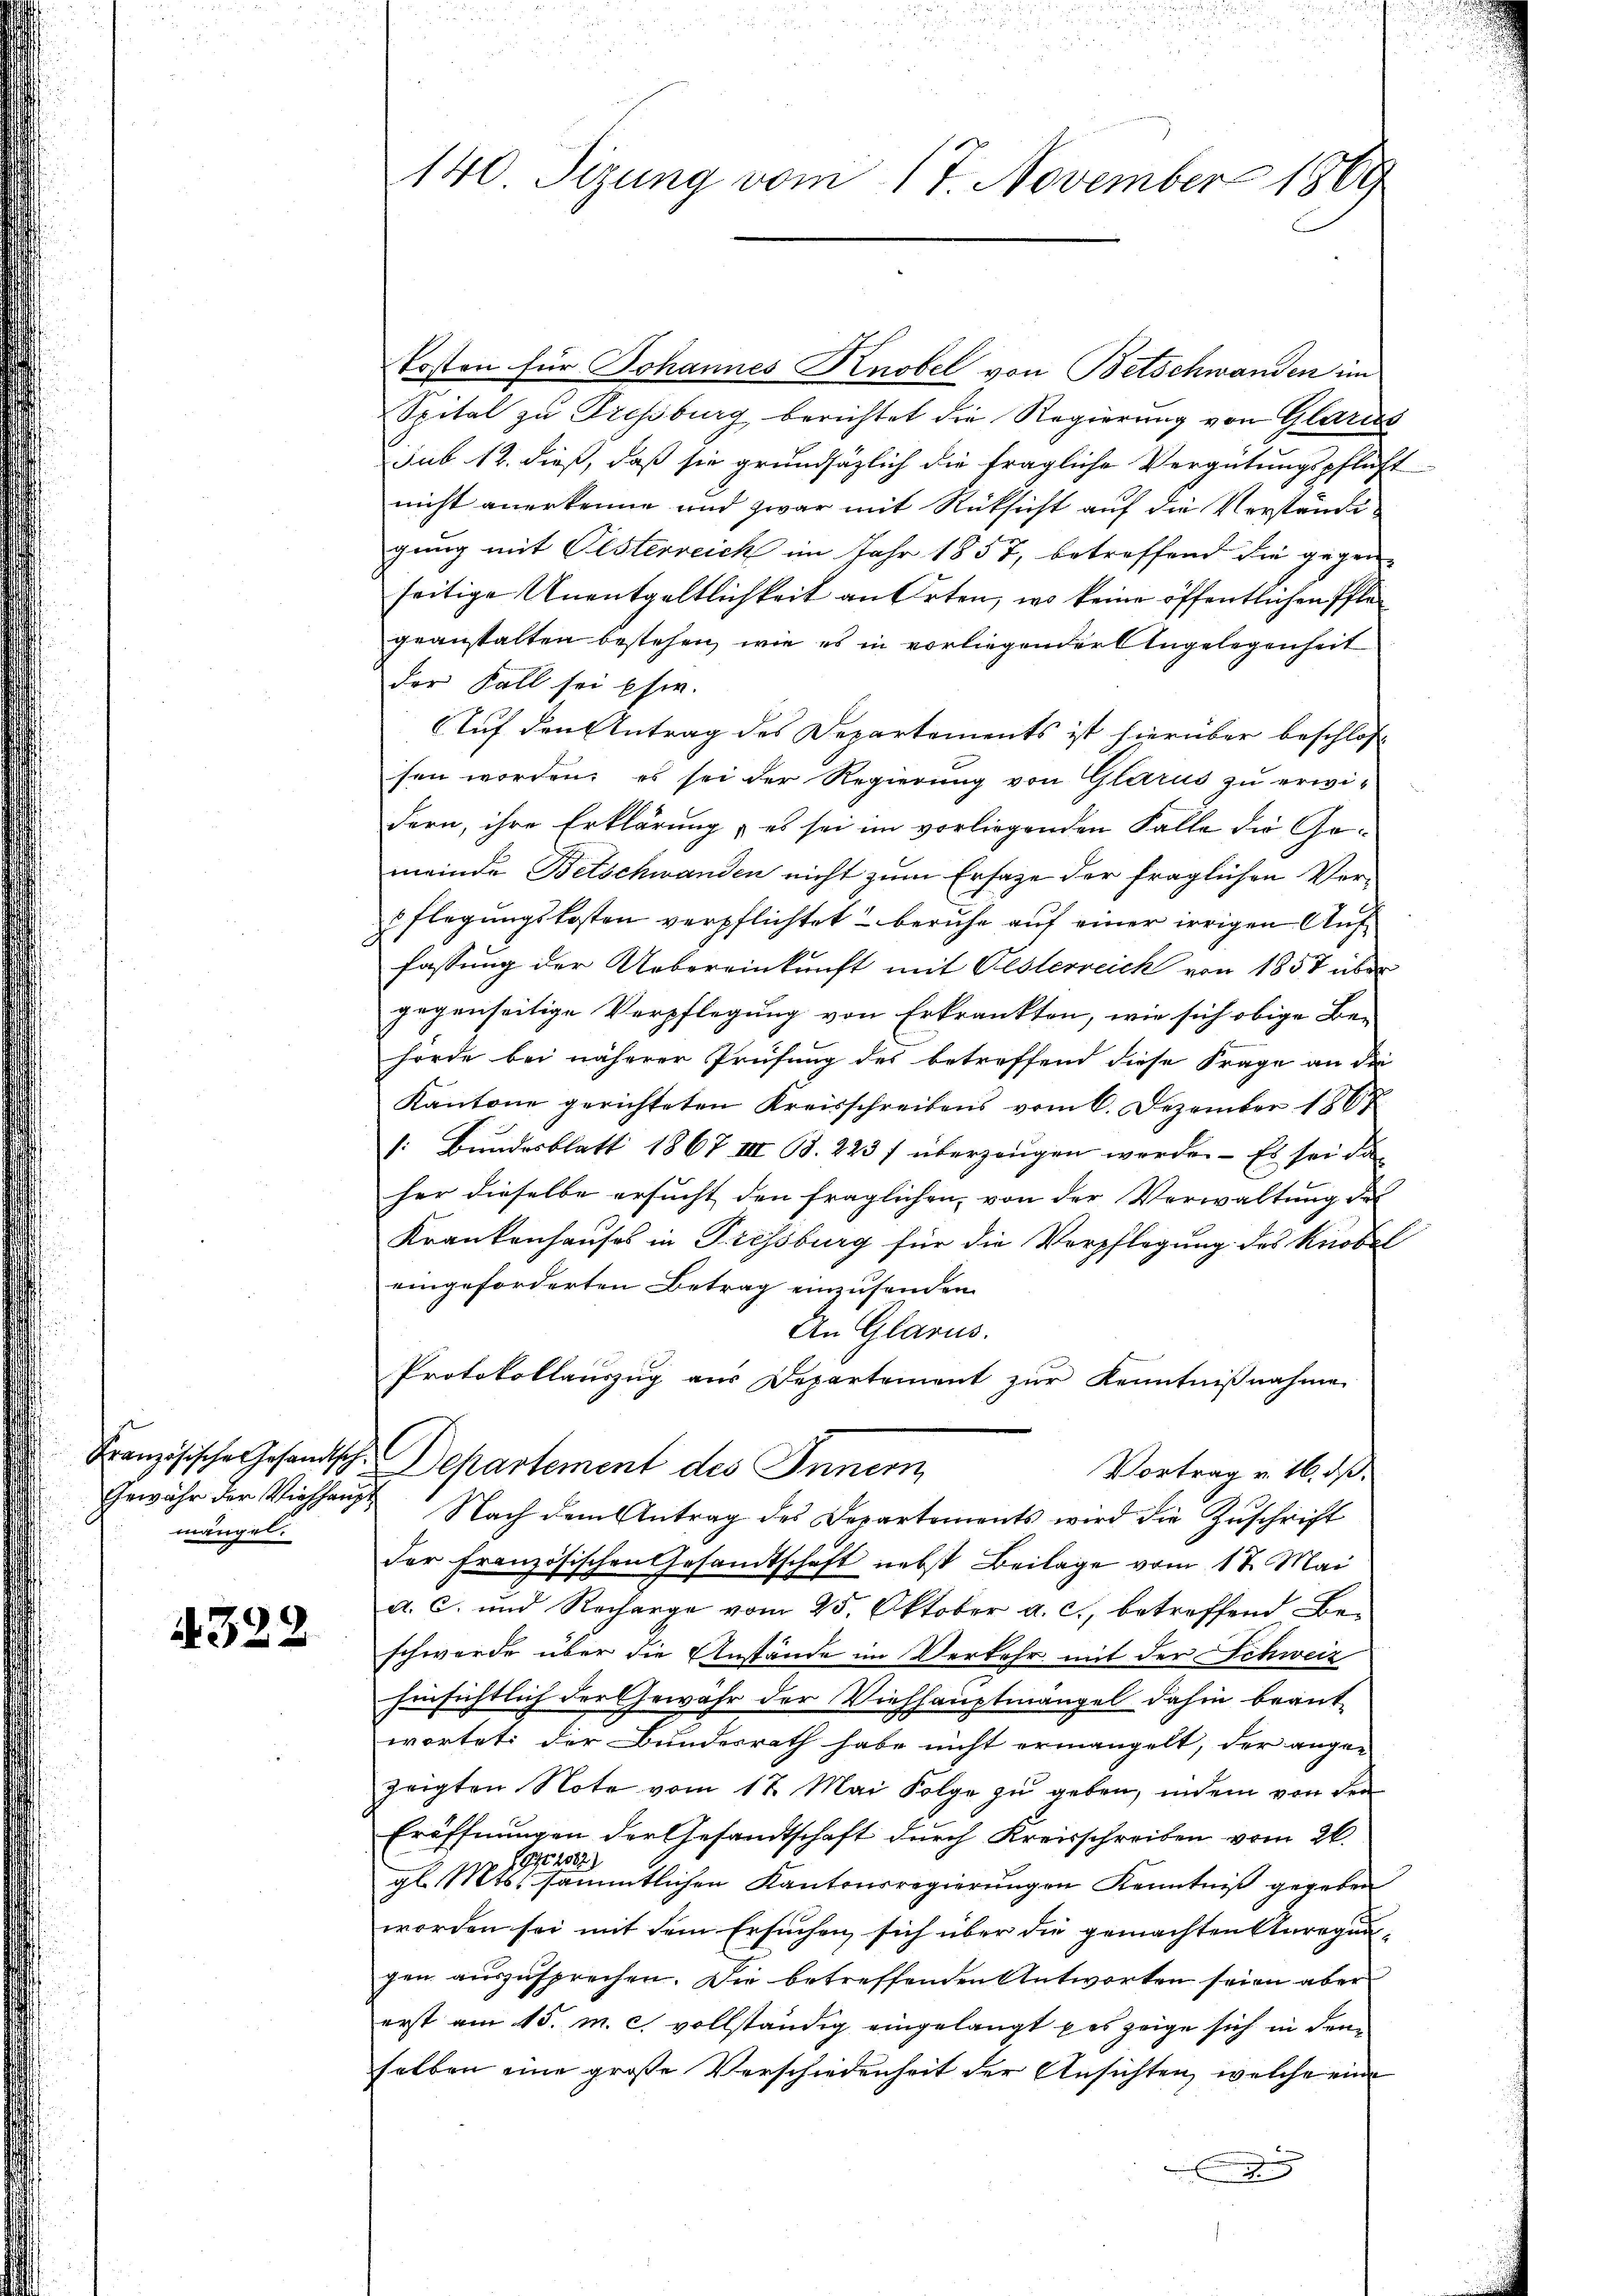
Gewähr der Viehhaupt
mängel.

1322.

140 Sizung vom 17. November 1869

kosten für Johannes Knobel von Betschwanden im
Spital zu Pressburg berichtet die Regierung von Glarus
sub 12. dieß, daß sie grundsätzlich die fragliche Vergütungspflicht
nicht anerkenne und zwar mit Rücksicht auf die Verständigung mit Oesterreich im Jahr 1857, betreffend die gegen-
seitige Unentgeltlichkeit an Orten, wo keine öffentlichen Pflegeanstalten bestehen, wie es in vorliegender Angelegenheit
der Fall sei pfw.
Auf den Antrag des Departements ist hierüber beschlos
sen worden; es sei der Regierung von Glarus zu erwidern, ihre Erklärung, es sei im vorliegenden Falle die Gemeinde Betschwanden nicht zum Ersatze der fraglichen Verpflegungskosten verpflichtet beruhe auf einer irrigen Auffassung der Uebereinkunft mit Oesterreich von 1857 über
gegenseitige Verpflegung von Erkrankten, wie sich obige Be-
hörde bei näherer Prüfung des betreffend diese Frage an die
Kantone gerichteten Kreisschreibens vom 6. Dezember 1867
/: Bundesblatt 1867 III B. 223 f überzeugen werde. Es sei das
her dieselbe ersucht den fraglichen, von der Verwaltung des
Krankenhauses in Pressburg für die Verpflegung des Knobel
eingeforderten Betrag einzusenden.
An Glarus.
Protokollauszug aus Departement zur Kenntnißnahme
Französischer Gesandtsch. Departement des Innern
Vortrag v. 16. dß.
Nach dem Antrag des Departements wird die Zuschrift
der Französischen Gesandtschaft nebst Beilage vom 17. Mai
a. C. und Recharge vom 25. Oktober a. c., betreffend Beschwerde über die Anstände im Verkehr mit der Schweiz
hinsichtlich der Gewähr der Viehhauptmängel dahin beant-
wortet der Bundesrath habe nicht ermangelt, der ange-
zeigten Note vom 17. Mai Folge zu geben, indem von den
Eröffnungen der Gesandtschaft durch Kreisschreiben vom 26.
194. 2082)
gl. Mts. sämmtlichen Kantonsregierungen Kenntniß gegeben
worden sei mit dem Ersuchen sich über die gemachten Anregungen auszusprechen. Die betreffenden Antworten seien aber
erst am 15. m. c. vollständig eingelangt das zeige sich in dem
selben eine große Verschiedenheit der Ansichten, welche eine